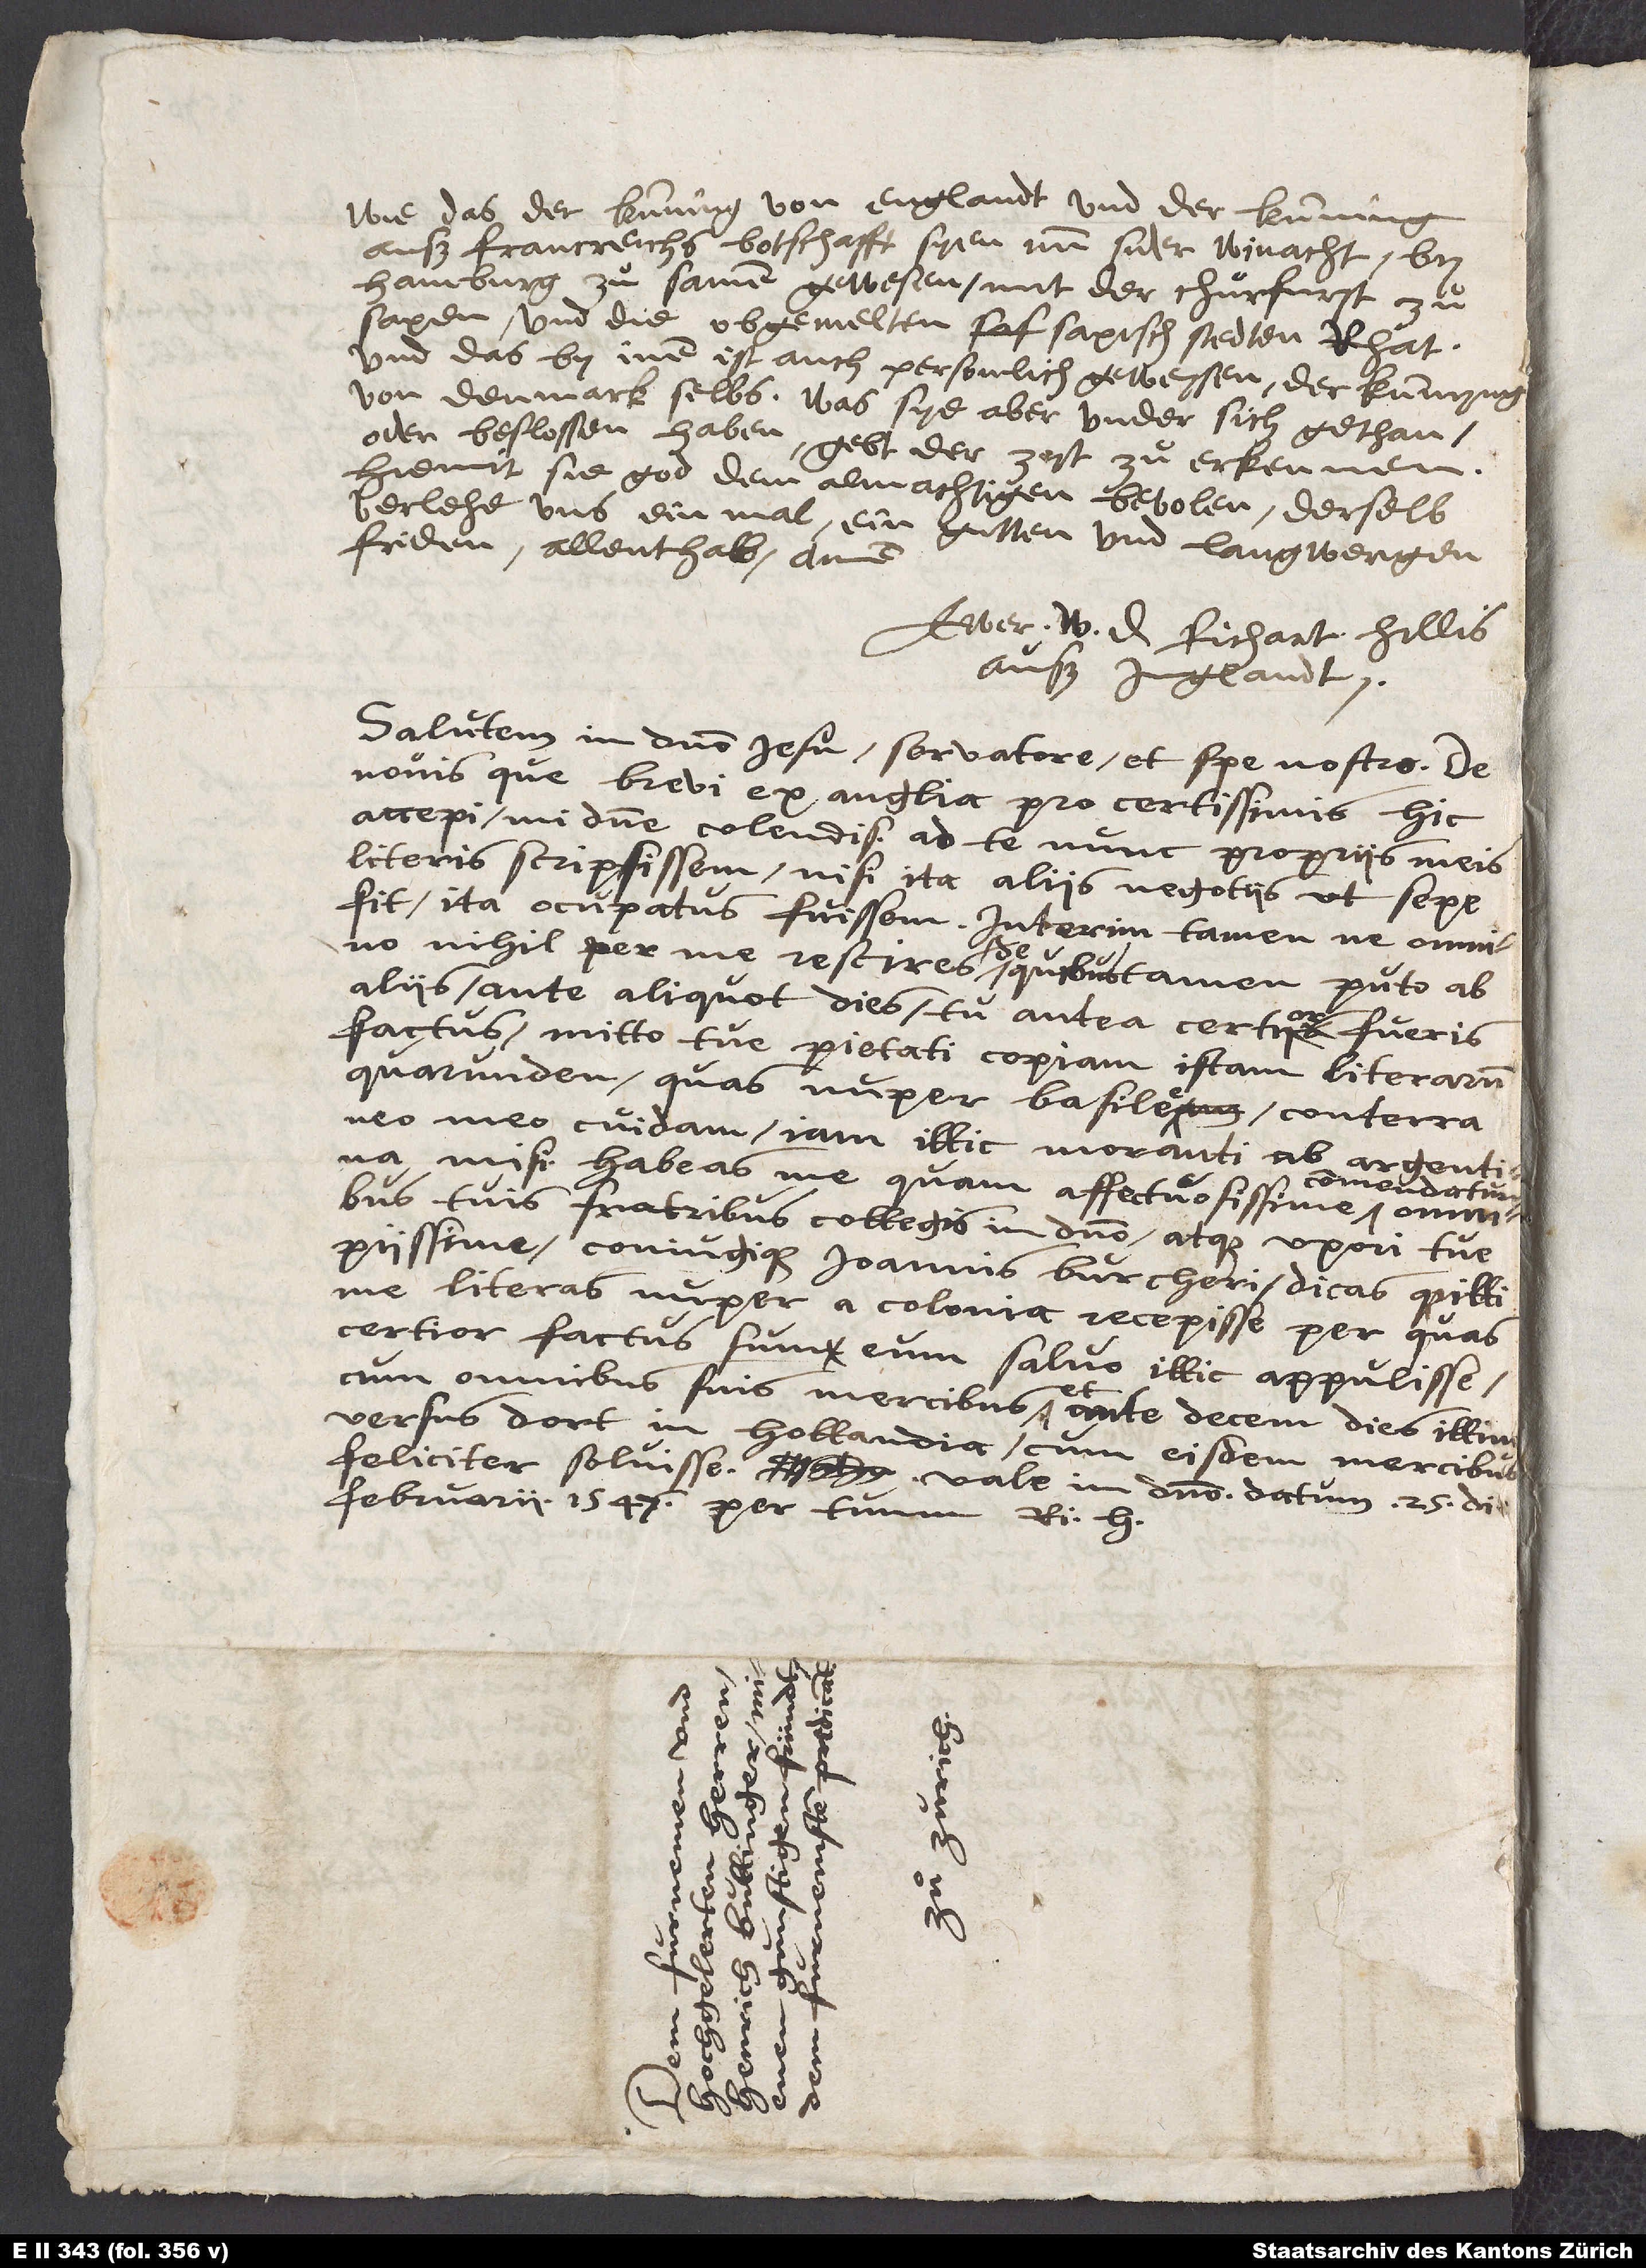
wie das der kunning von Englandt und der kunning
auß Francreichs bottschafft syen nun sider winacht by
Hamburg zuͦsamen gewesen mit der chuͦrfurst zuͦ
Saxen und die obgemelten saxisch stedten rhat,
und das by inen ist auch personlich gewessen der kunnyng
von Denmark selbs. Was sye aber under sich gethan
oder beslossen haben, gebt der zeit zuͦ erkennen.
Hiemit sie god dem almachtigen bevolen. Derselb
verlehe uns einmal ein gutten und langwergen
friden allenthalb. Amen.
Ewer w Richart Hillis
auß Jnglandt.
Salutem in domino Iesu, servatore et spe nostra! De
novis, que brevi ex Anglia pro certissimis hic
accepi, mi domine colendissime, ad te nunc propriis meis
literis scripsissem, nisi ita aliis negotiis, ut sepe
fit, ita occupatus fuissem. Interim tamen, ne omnino
nihil per me rescires, de quibus tamen puto ab
aliis ante aliquot dies tu antea certior fueris
factus, mitto tue pietati copiam istam literarum
quarundem, quas nuper Basilee conterraneo
meo cuidam iam illic moranti ab Argentina
misi. Habeas me quam affectuosissime
commendatum
tuis fratribus, collegis in domino atque uxori tue
piissime coniugique Ioannis Burcheri, dicasque illi
me literas nuper a Colonia recepisse, per quas
certior factus sum eum salvo illic appulisse
cum omnibus suis mercibus et ante decem dies illin
feliciter solvisse. Vale in domino. Datum 25. di
februarii 1547. Per tuum Ri.